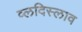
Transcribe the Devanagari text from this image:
व्लदिस्लाव